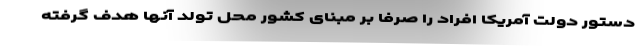
دستور دولت آمریکا افراد را صرفاً بر مبنای کشور محل تولد آنها هدف گرفته